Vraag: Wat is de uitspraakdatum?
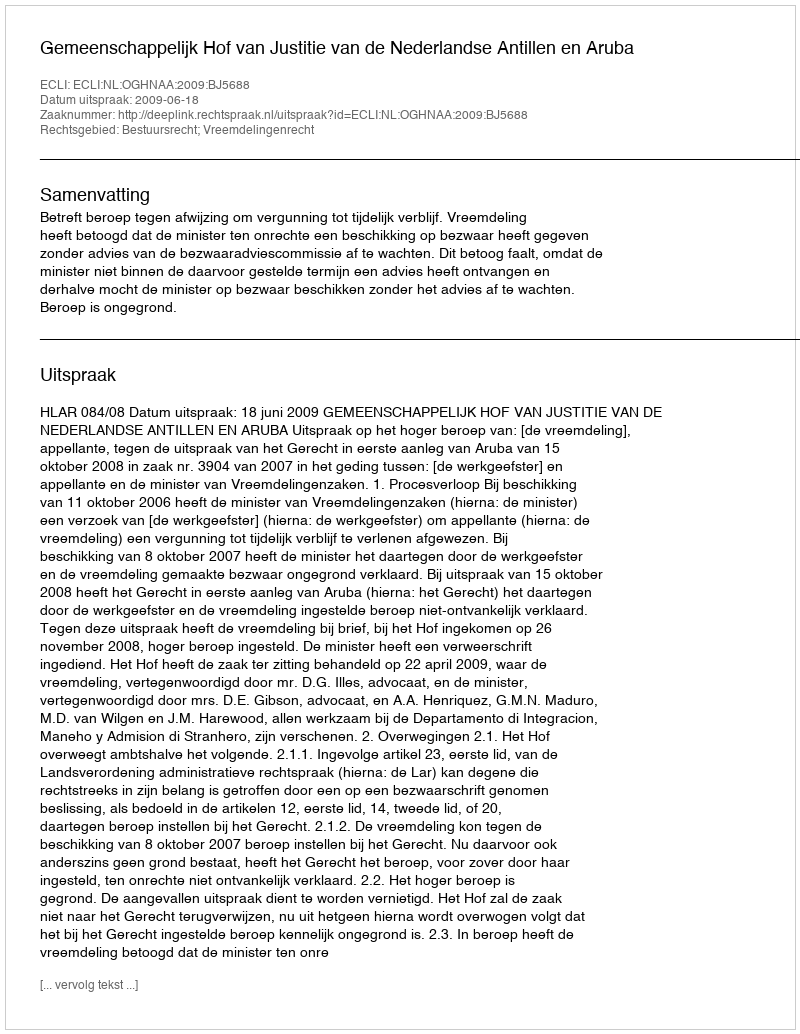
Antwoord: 2009-06-18